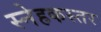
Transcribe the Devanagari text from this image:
स्नेहकस्तर